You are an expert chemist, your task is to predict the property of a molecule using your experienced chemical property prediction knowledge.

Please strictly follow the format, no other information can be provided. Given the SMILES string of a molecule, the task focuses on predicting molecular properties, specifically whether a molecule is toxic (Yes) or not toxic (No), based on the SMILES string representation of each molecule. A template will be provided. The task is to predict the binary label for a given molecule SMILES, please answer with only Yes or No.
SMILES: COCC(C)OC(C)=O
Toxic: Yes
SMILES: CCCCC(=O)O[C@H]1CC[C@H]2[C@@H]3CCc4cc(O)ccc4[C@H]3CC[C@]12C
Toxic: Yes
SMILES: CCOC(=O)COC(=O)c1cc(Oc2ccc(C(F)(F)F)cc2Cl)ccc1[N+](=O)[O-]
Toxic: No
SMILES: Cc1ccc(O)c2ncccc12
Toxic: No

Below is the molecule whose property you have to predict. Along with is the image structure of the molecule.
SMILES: N#CCc1ccccc1[N+](=O)[O-]
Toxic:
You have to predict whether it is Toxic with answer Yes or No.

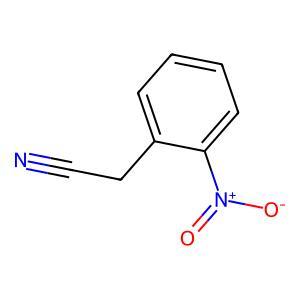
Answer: No